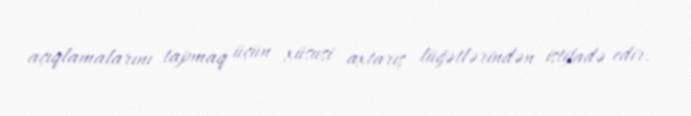
açıqlamalarını tapmaq üçün xüsusi axtarış lüğətlərindən istifadə edir.